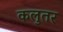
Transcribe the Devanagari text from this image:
कलुतर